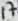
Text: 17